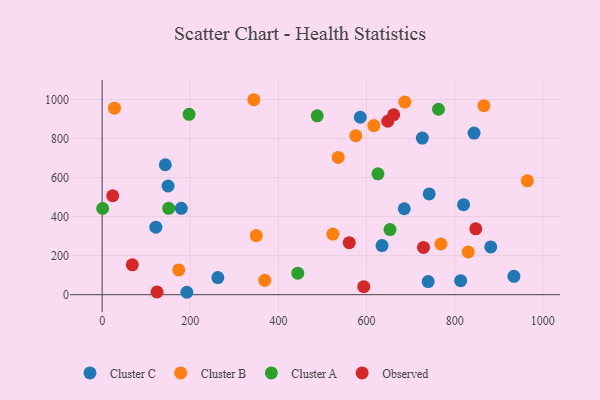
{"axis": {"x": "Experience", "y": "Sales"}, "legend": ["Cluster A", "Cluster B", "Cluster C", "Observed"], "data": [{"x": "121.9", "y": 346.0, "type": "Cluster C"}, {"x": "585.9", "y": 909.4, "type": "Cluster C"}, {"x": "179.7", "y": 442.8, "type": "Cluster C"}, {"x": "739.9", "y": 67.1, "type": "Cluster C"}, {"x": "726.7", "y": 802.9, "type": "Cluster C"}, {"x": "742.3", "y": 516.7, "type": "Cluster C"}, {"x": "143.3", "y": 666.1, "type": "Cluster C"}, {"x": "820.3", "y": 461.5, "type": "Cluster C"}, {"x": "934.5", "y": 94.4, "type": "Cluster C"}, {"x": "813.7", "y": 71.9, "type": "Cluster C"}, {"x": "685.7", "y": 440.5, "type": "Cluster C"}, {"x": "882.0", "y": 245.0, "type": "Cluster C"}, {"x": "149.6", "y": 557.0, "type": "Cluster C"}, {"x": "844.1", "y": 828.6, "type": "Cluster C"}, {"x": "192.3", "y": 12.4, "type": "Cluster C"}, {"x": "262.6", "y": 87.8, "type": "Cluster C"}, {"x": "635.2", "y": 251.6, "type": "Cluster C"}, {"x": "866.5", "y": 968.7, "type": "Cluster B"}, {"x": "28.0", "y": 955.8, "type": "Cluster B"}, {"x": "830.8", "y": 219.3, "type": "Cluster B"}, {"x": "535.8", "y": 703.7, "type": "Cluster B"}, {"x": "575.7", "y": 814.7, "type": "Cluster B"}, {"x": "523.7", "y": 310.6, "type": "Cluster B"}, {"x": "369.1", "y": 73.5, "type": "Cluster B"}, {"x": "173.9", "y": 126.7, "type": "Cluster B"}, {"x": "616.6", "y": 867.0, "type": "Cluster B"}, {"x": "349.8", "y": 302.8, "type": "Cluster B"}, {"x": "344.2", "y": 999.3, "type": "Cluster B"}, {"x": "687.0", "y": 987.2, "type": "Cluster B"}, {"x": "965.1", "y": 583.7, "type": "Cluster B"}, {"x": "768.8", "y": 259.9, "type": "Cluster B"}, {"x": "1.1", "y": 441.7, "type": "Cluster A"}, {"x": "444.1", "y": 110.3, "type": "Cluster A"}, {"x": "197.3", "y": 924.5, "type": "Cluster A"}, {"x": "151.0", "y": 442.6, "type": "Cluster A"}, {"x": "763.3", "y": 950.6, "type": "Cluster A"}, {"x": "488.1", "y": 916.8, "type": "Cluster A"}, {"x": "653.3", "y": 334.0, "type": "Cluster A"}, {"x": "626.0", "y": 619.7, "type": "Cluster A"}, {"x": "560.9", "y": 266.8, "type": "Observed"}, {"x": "593.8", "y": 41.1, "type": "Observed"}, {"x": "729.3", "y": 242.4, "type": "Observed"}, {"x": "848.0", "y": 337.4, "type": "Observed"}, {"x": "124.6", "y": 13.7, "type": "Observed"}, {"x": "24.0", "y": 507.2, "type": "Observed"}, {"x": "68.5", "y": 153.1, "type": "Observed"}, {"x": "648.2", "y": 889.0, "type": "Observed"}, {"x": "661.7", "y": 922.3, "type": "Observed"}]}